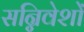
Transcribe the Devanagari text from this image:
सन्निवेशों